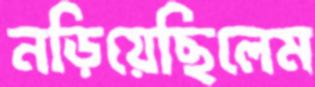
নড়িয়েছিলেম